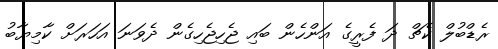
ރެޑްބުލް ކެޗް ދަ ފެރީގެ އަންހެން ބައި ޖެހިޖެހިގެން ދެވަނަ އަހަރަށް ކާމިޔާބު